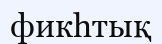
фикһтық